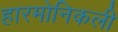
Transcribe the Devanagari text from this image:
हारमोनिकली